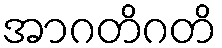
အာဂတိဂတိ